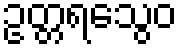
ဥတ္တရသွေဝ